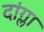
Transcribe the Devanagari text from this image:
दांग्ला